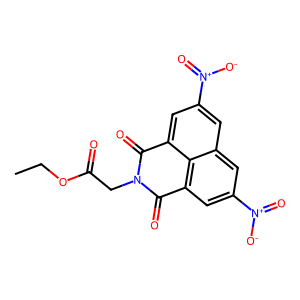
SMILES: CCOC(=O)CN1C(=O)c2cc([N+](=O)[O-])cc3cc([N+](=O)[O-])cc(c23)C1=O
Inhibits HIV replication: No